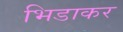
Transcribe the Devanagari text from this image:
भिडाकर